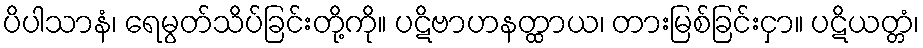
ပိပါသာနံ၊ ရေမွတ်သိပ်ခြင်းတို့ကို။ ပဋိဗာဟနတ္ထာယ၊ တားမြစ်ခြင်းငှာ။ ပဋိယတ္တံ၊